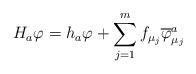
LaTeX: \begin{align*}H_a \varphi = h_a \varphi + \sum^m_{j = 1} f_{\mu_j}\overline{\varphi}^a_{\mu_j}\end{align*}